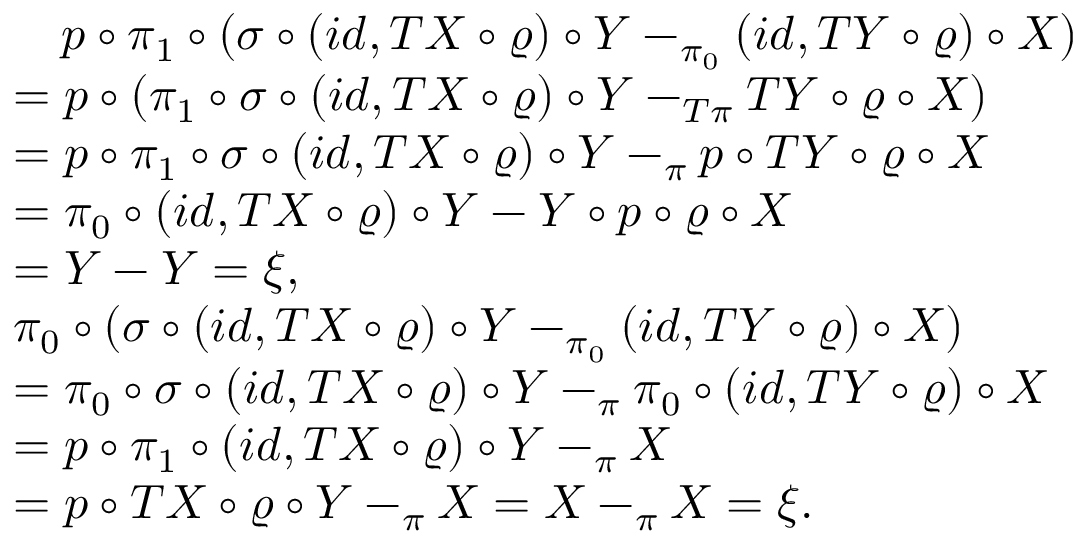
\begin{array} { r l } & { \quad p \circ \pi _ { 1 } \circ ( \sigma \circ ( i d , T X \circ \varrho ) \circ Y - _ { \pi _ { 0 } } ( i d , T Y \circ \varrho ) \circ X ) } \\ & { = p \circ ( \pi _ { 1 } \circ \sigma \circ ( i d , T X \circ \varrho ) \circ Y - _ { T \pi } T Y \circ \varrho \circ X ) } \\ & { = p \circ \pi _ { 1 } \circ \sigma \circ ( i d , T X \circ \varrho ) \circ Y - _ { \pi } p \circ T Y \circ \varrho \circ X } \\ & { = \pi _ { 0 } \circ ( i d , T X \circ \varrho ) \circ Y - Y \circ p \circ \varrho \circ X } \\ & { = Y - Y = \xi , } \\ & { \pi _ { 0 } \circ ( \sigma \circ ( i d , T X \circ \varrho ) \circ Y - _ { \pi _ { 0 } } ( i d , T Y \circ \varrho ) \circ X ) } \\ & { = \pi _ { 0 } \circ \sigma \circ ( i d , T X \circ \varrho ) \circ Y - _ { \pi } \pi _ { 0 } \circ ( i d , T Y \circ \varrho ) \circ X } \\ & { = p \circ \pi _ { 1 } \circ ( i d , T X \circ \varrho ) \circ Y - _ { \pi } X } \\ & { = p \circ T X \circ \varrho \circ Y - _ { \pi } X = X - _ { \pi } X = \xi . } \end{array}